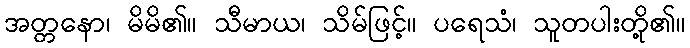
အတ္တနော၊ မိမိ၏။ သီမာယ၊ သိမ်ဖြင့်။ ပရေသံ၊ သူတပါးတို့၏။